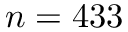
n = 4 3 3